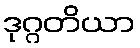
ဒုဂ္ဂတိယာ